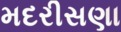
મદરીસણા